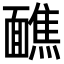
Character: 䩌